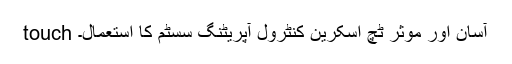
touch آسان اور موثر ٹچ اسکرین کنٹرول آپریٹنگ سسٹم کا استعمال۔